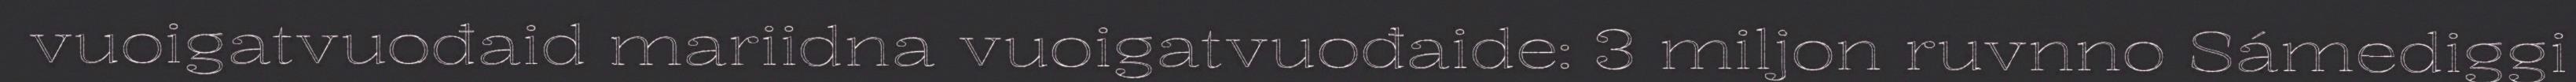
vuoigatvuođaid mariidna vuoigatvuođaide: 3 miljon ruvnno Sámediggi